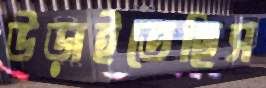
উড়াইতেছিস